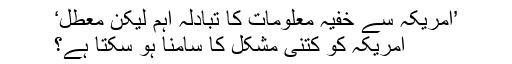
’امریکہ سے خفیہ معلومات کا تبادلہ اہم لیکن معطل‘
امریکہ کو کتنی مشکل کا سامنا ہو سکتا ہے؟